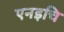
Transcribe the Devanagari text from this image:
एनइचि